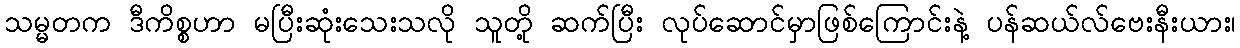
သမ္မတက ဒီကိစ္စဟာ မပြီးဆုံးသေးသလို သူတို့ ဆက်ပြီး လုပ်ဆောင်မှာဖြစ်ကြောင်းနဲ့ ပန်ဆယ်လ်ဗေးနီးယား၊